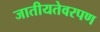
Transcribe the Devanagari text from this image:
जातीयतेवरपण